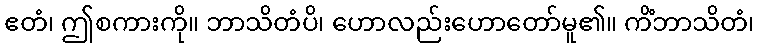
ဧတံ၊ ဤစကားကို။ ဘာသိတံပိ၊ ဟောလည်းဟောတော်မူ၏။ ကိံဘာသိတံ၊